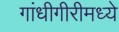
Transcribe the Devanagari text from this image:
गांधीगीरीमध्ये